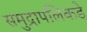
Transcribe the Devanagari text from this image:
समुद्रापलिकडे